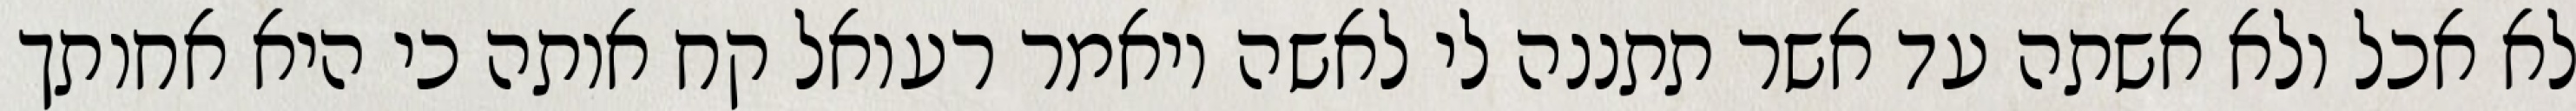
לא אכל ולא אשתה עד אשר תתננה לי לאשה ויאמר רעואל קח אותה כי היא אחותך